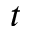
t